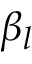
\beta _ { l }